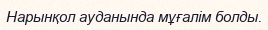
Нарынқол ауданында мұғалім болды.